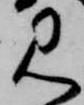
見